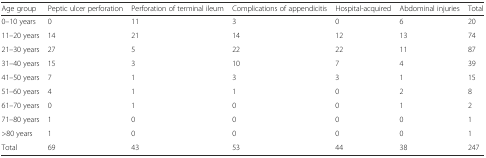
| Age group | Peptic ulcer perforation | Perforation of terminal ileum | Complications of appendicitis | Hospital-acquired | Abdominal injuries | Total |
 | --- | --- | --- | --- | --- | --- | --- |
 | 0–10 years | 0 | 11 | 3 | 0 | 6 | 20 |
 | 11–20 years | 14 | 21 | 14 | 12 | 13 | 74 |
 | 21–30 years | 27 | 5 | 22 | 22 | 11 | 87 |
 | 31–40 years | 15 | 3 | 10 | 7 | 4 | 39 |
 | 41–50 years | 7 | 1 | 3 | 3 | 1 | 15 |
 | 51–60 years | 4 | 1 | 1 | 0 | 2 | 8 |
 | 61–70 years | 0 | 1 | 0 | 0 | 1 | 2 |
 | 71–80 years | 1 | 0 | 0 | 0 | 0 | 1 |
 | >80 years | 1 | 0 | 0 | 0 | 0 | 1 |
 | Total | 69 | 43 | 53 | 44 | 38 | 247 |